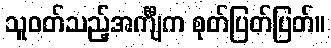
သူဝတ်သည့်အင်္ကျီက စုတ်ပြတ်ပြတ်။